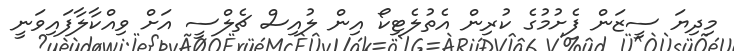
މިދިޔަ ސީޒަން ފެށުމުގެ ކުރިން އެތުލެޓިކޯ އިން ލުއިސް ޗެލްސީ އަށް ވިއްކާލާފައިވަނީ